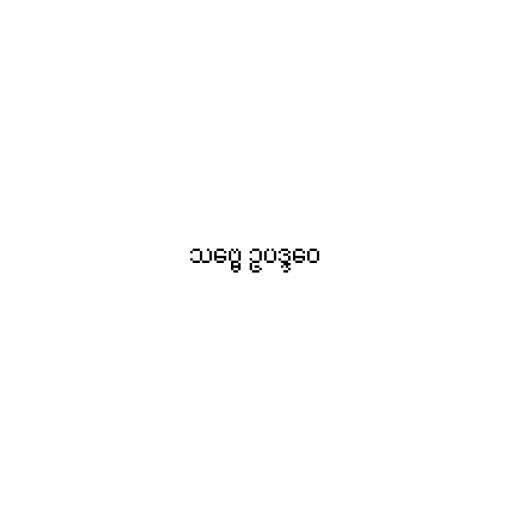
သဗ္ဗေ ဥပဒ္ဒဝေ